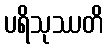
ပရိသုဿတိ